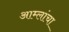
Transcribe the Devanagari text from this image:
आम्लांचा